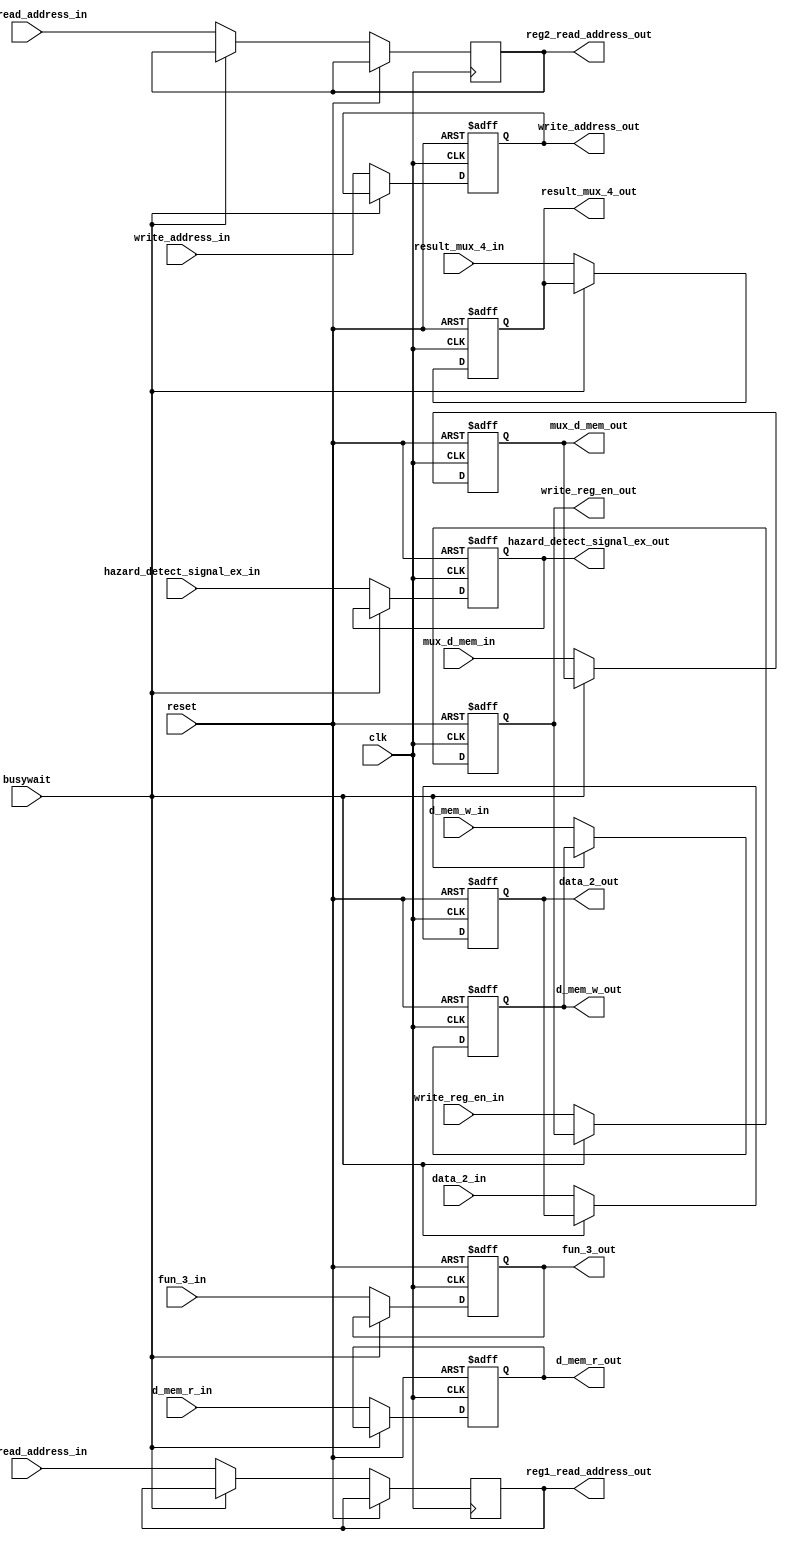
module EX(
  // inputs
  d_mem_r_in, 
	d_mem_w_in,
  mux_d_mem_in,
  write_reg_en_in,
  write_address_in,
  fun_3_in,
  data_2_in,
  result_mux_4_in, // goes to 
  reset,
  clk,
  busywait,
  reg2_read_address_in,
  reg1_read_address_in,
  hazard_detect_signal_ex_in,
  // outputs
  data_2_out, 
  result_mux_4_out, 
  mux_d_mem_out, // goes to the mux that select the load data or alu result output result
  write_reg_en_out, 
  d_mem_r_out, 
  d_mem_w_out,
  fun_3_out,
  write_address_out,
  reg2_read_address_out,
  reg1_read_address_out,
  hazard_detect_signal_ex_out
  );

  input [31:0] data_2_in, result_mux_4_in;
  output reg [31:0] data_2_out, result_mux_4_out;

  input mux_d_mem_in, write_reg_en_in, reset, clk, d_mem_r_in, d_mem_w_in,busywait;
  output reg mux_d_mem_out, write_reg_en_out, d_mem_r_out, d_mem_w_out;

  input [2:0] fun_3_in;
  output reg [2:0] fun_3_out;

  input [4:0] write_address_in, reg2_read_address_in, reg1_read_address_in;
  output reg [4:0] write_address_out, reg2_read_address_out, reg1_read_address_out;

  input hazard_detect_signal_ex_in;
  output reg hazard_detect_signal_ex_out;
  

  always @(posedge clk,posedge reset)
  begin

    // #1
    if(reset)begin
      data_2_out <= 31'd0;
      result_mux_4_out <= 31'd0;

      mux_d_mem_out <= 1'b0;
      write_reg_en_out <= 1'b0;
      d_mem_r_out <= 1'b0;
      d_mem_w_out <= 1'b0;

      fun_3_out<= 3'b000;
      write_address_out <= 5'd0;
      hazard_detect_signal_ex_out <= 1'b0;

    end else if (!busywait) begin
      data_2_out <=data_2_in;
      result_mux_4_out <=result_mux_4_in;

      mux_d_mem_out <=mux_d_mem_in;
      write_reg_en_out <=write_reg_en_in;
      d_mem_r_out <= d_mem_r_in;
      d_mem_w_out <= d_mem_w_in;

      fun_3_out<=fun_3_in;
      write_address_out <=write_address_in;
      reg2_read_address_out <= reg2_read_address_in;
      reg1_read_address_out <= reg1_read_address_in;
      hazard_detect_signal_ex_out <= hazard_detect_signal_ex_in;
      
    end

  end

endmodule